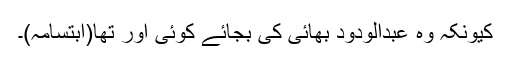
کیونکہ وہ عبدالودود بھائی کی بجائے کوئی اور تھا(ابتسامہ)۔